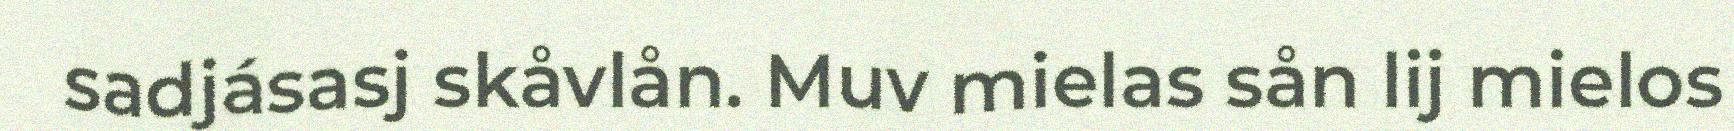
sadjásasj skåvlån. Muv mielas sån lij mielos